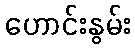
ဟောင်းနွမ်း